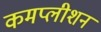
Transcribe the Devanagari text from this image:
कमप्लीशन